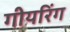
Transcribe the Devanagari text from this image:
गीयरिंग